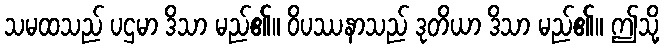
သမထသည် ပဌမာ ဒိသာ မည်၏။ ဝိပဿနာသည် ဒုတိယာ ဒိသာ မည်၏။ ဤသို့